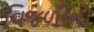
વિજળીનો